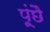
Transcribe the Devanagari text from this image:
पूंछै